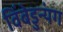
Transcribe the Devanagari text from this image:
विंबेडुन्यंग